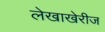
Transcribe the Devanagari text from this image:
लेखाखेरीज